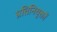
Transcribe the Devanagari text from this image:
प्रतिनियुक्तों